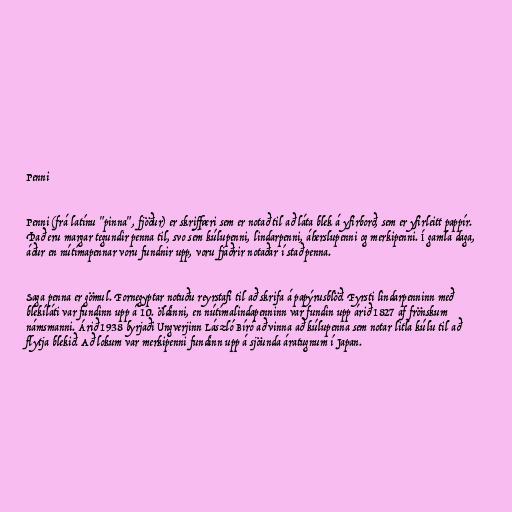
Penni

Penni (frá latínu "pinna", fjöður) er skriffæri sem er notað til að láta blek á yfirborð, sem er yfirleitt pappír.
Það eru margar tegundir penna til, svo sem kúlupenni, lindarpenni, áherslupenni og merkipenni. Í gamla daga,
áður en nútímapennar voru fundnir upp, voru fjaðrir notaðar í stað penna.

Saga penna er gömul. Fornegyptar notuðu reyrstafi til að skrifa á papýrusblöð. Fyrsti lindarpenninn með
blekíláti var fundinn upp á 10. öldinni, en nútímalindapenninn var fundin upp árið 1827 af frönskum
námsmanni. Árið 1938 byrjaði Ungverjinn László Bíró að vinna að kúlupenna sem notar litla kúlu til að
flytja blekið. Að lokum var merkipenni fundinn upp á sjöunda áratugnum í Japan.